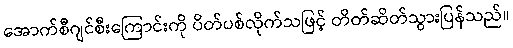
အောက်စီဂျင်စီးကြောင်းကို ပိတ်ပစ်လိုက်သဖြင့် တိတ်ဆိတ်သွားပြန်သည်။